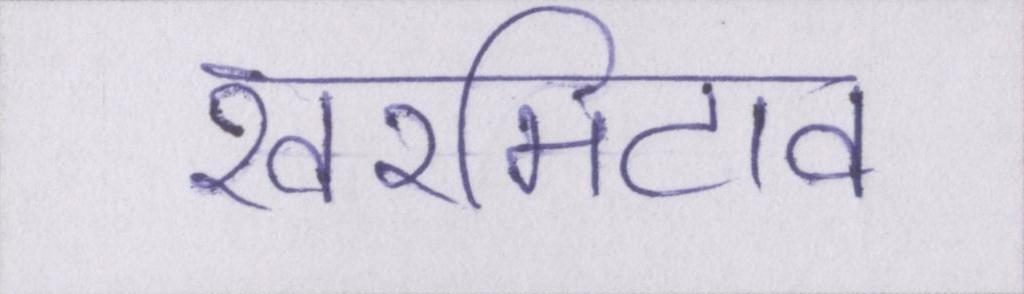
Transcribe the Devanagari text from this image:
खरमिटाव